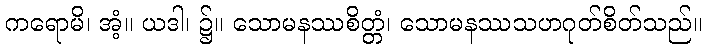
ကရောမိ၊ အံ့။ ယဒါ၊ ၌။ သောမနဿစိတ္တံ၊ သောမနဿသဟဂုတ်စိတ်သည်။